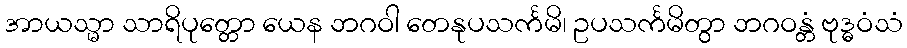
အာယသ္မာ သာရိပုတ္တော ယေန ဘဂဝါ တေနုပသင်္ကမိ၊ ဥပသင်္ကမိတွာ ဘဂဝန္တံ ဗုဒ္ဓဝံသံ